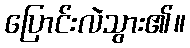
ပြောင်းလဲသွား၏။